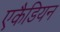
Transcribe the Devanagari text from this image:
एकैडियन